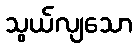
သွယ်လျသော